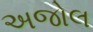
અજોલ